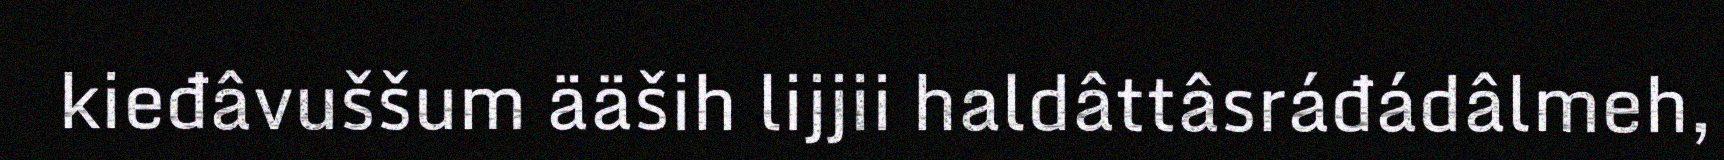
kieđâvuššum ääših lijjii haldâttâsráđádâlmeh,